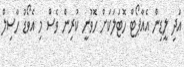
އަދި ލީޑިން އެއާޕޯޓް ހޮޓަލަކަށް ހޮވުނީ ކުރިން ވެސް މި އެވޯޑު ހާސިލް